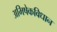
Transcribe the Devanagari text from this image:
अभिषेकविधान